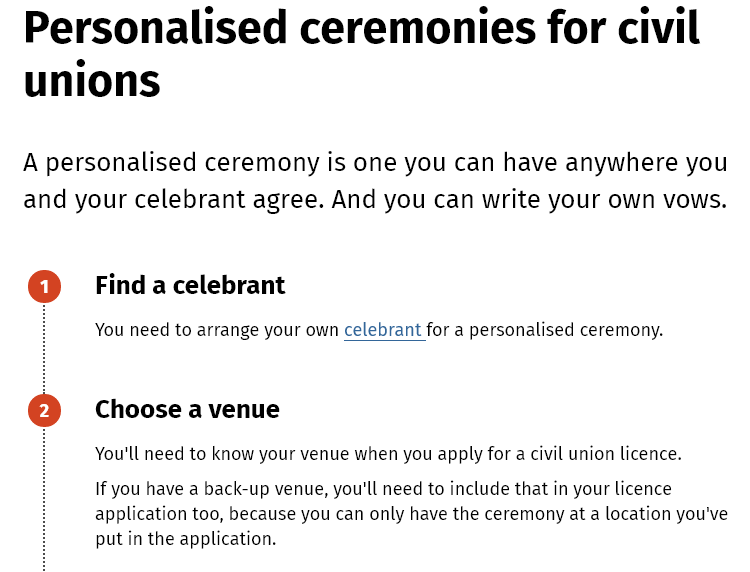
Personalised    ceremonies    for    civil
   unions
   A personalised    ceremony   is  one   you  can  have  anywhere    you
   and  your  celebrant   agree.  And  you   can write  your  own   vows.
     Find  a celebrant
     You need to arrange your own celebrant for a personalised ceremony.
     Choose    a venue
     You'll need to know your venue when you apply for a civil union licence.
     If you have a back-up venue, you'll need to include that in your licence
     application too, because you can only have the ceremony at a location you've
     put in the application.